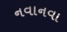
નવાનવા